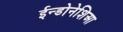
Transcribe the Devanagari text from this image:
ईन्डोनेशिआ